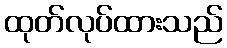
ထုတ်လုပ်ထားသည်